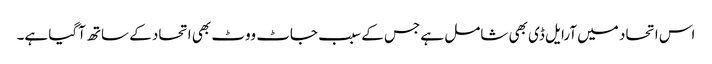
اس اتحاد میں آرایل ڈی بھی شامل ہے جس کے سبب جاٹ ووٹ بھی اتحاد کے ساتھ آگیا ہے۔